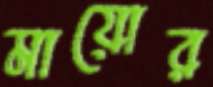
মায়োর